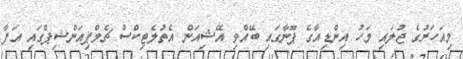
މިއަހަރުގެ ޖުލައި މަހު އިންޑިއާގެ ޕޫނާގައި ބޭއްވި އޭޝިއަން އެތުލެޓިކްސް ޗެމްޕިއަންޝިޕްގައި އަފާ